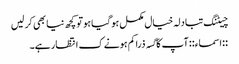
چیٹنگ تبادلہ خیال مکمل ہو گیا ہو تو کچھ نیا بھی کر لیں
::اسماء:: آپ کا گسہ ذرا کم ہونے ک انتظار ہے۔